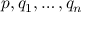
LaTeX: p , q _ { 1 } , \ldots , q _ { n }